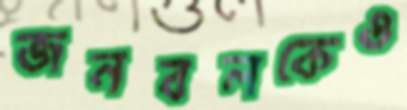
জনবলকেও